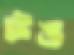
টঙ